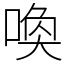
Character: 喚